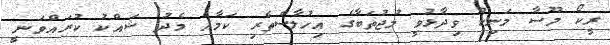
ރީކޯ މޫސާ މަނިކު ވިދާޅުވީ މުޖުތަބާގެ އިހުލާސްތެރި ކަމާއެ މެދު ޝައްކު ކުރައްވަނީ